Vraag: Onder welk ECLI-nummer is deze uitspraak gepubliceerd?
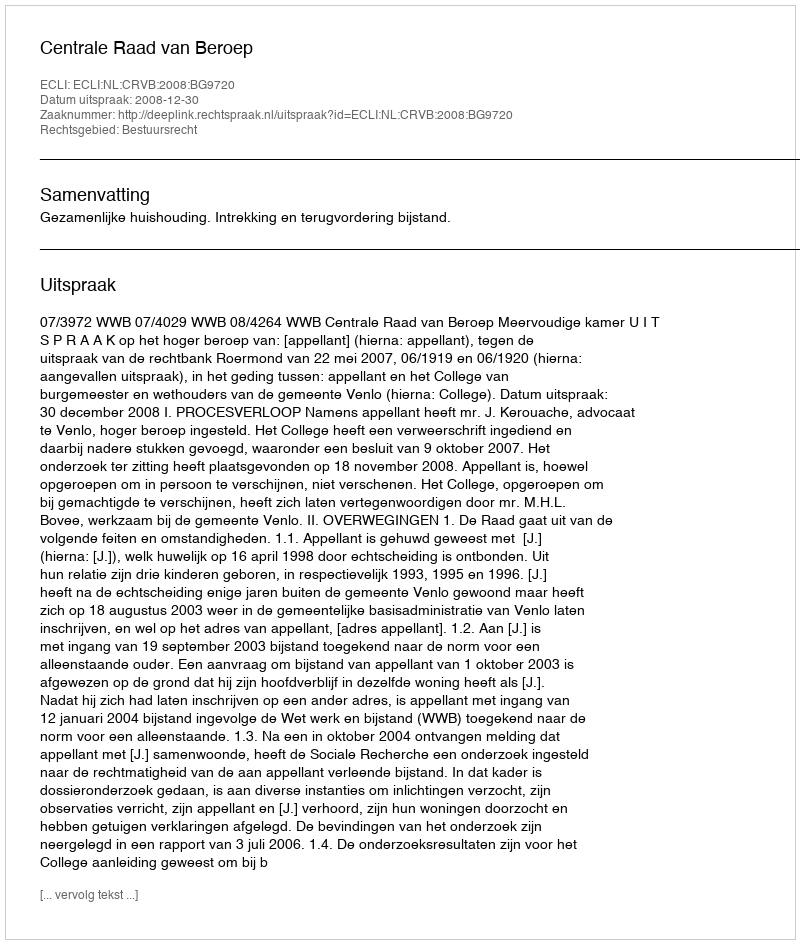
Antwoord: ECLI:NL:CRVB:2008:BG9720